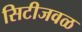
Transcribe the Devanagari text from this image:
सिटीजवळ